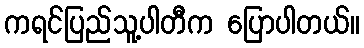
ကရင်ပြည်သူ့ပါတီက ပြောပါတယ်။